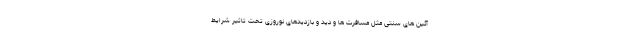
آئین های سنتی مثل مسافرت ها و دید و بازدیدهای نوروزی تحت تاثیر شرایط